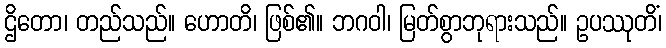
ဌိတော၊ တည်သည်။ ဟောတိ၊ ဖြစ်၏။ ဘဂဝါ၊ မြတ်စွာဘုရားသည်။ ဥပဿုတိံ၊